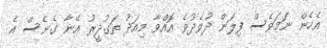
އެހެން ނަމަވެސް ފިލަން ދުވެދުވެ އޮއްވާ މިއަދު ތަގުދީރު އޭނާ ގެނެސް އެ